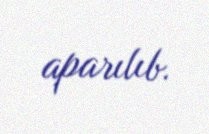
aparılıb.